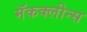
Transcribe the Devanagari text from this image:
मॅकक्लीन्स